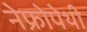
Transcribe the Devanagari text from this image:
नेफ्रोपेथी